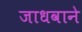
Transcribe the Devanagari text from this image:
जाधवाने